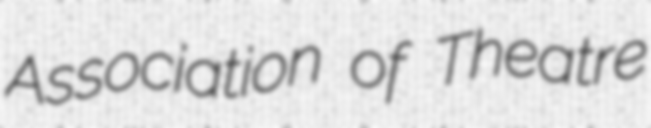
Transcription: Association of Theatre